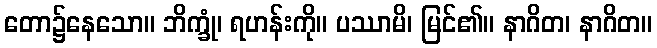
တော၌နေသော။ ဘိက္ခုံ၊ ရဟန်းကို။ ပဿာမိ၊ မြင်၏။ နာဂိတ၊ နာဂိတ။